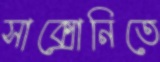
সাক্সোনিতে